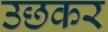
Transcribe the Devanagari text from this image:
उछकर